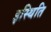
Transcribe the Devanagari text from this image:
इस्थिति